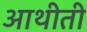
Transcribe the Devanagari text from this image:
आथीती